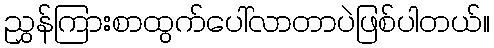
ညွှန်ကြားစာထွက်ပေါ်လာတာပဲဖြစ်ပါတယ်။